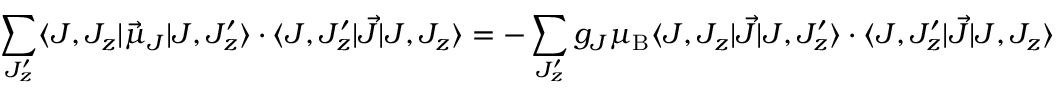
\sum _ { J _ { z } ^ { \prime } } \langle J , J _ { z } | { \vec { \mu } } _ { J } | J , J _ { z } ^ { \prime } \rangle \cdot \langle J , J _ { z } ^ { \prime } | { \vec { J } } | J , J _ { z } \rangle = - \sum _ { J _ { z } ^ { \prime } } g _ { J } \mu _ { \mathrm { { B } } } \langle J , J _ { z } | { \vec { J } } | J , J _ { z } ^ { \prime } \rangle \cdot \langle J , J _ { z } ^ { \prime } | { \vec { J } } | J , J _ { z } \rangle